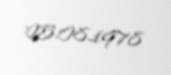
25.08.1978